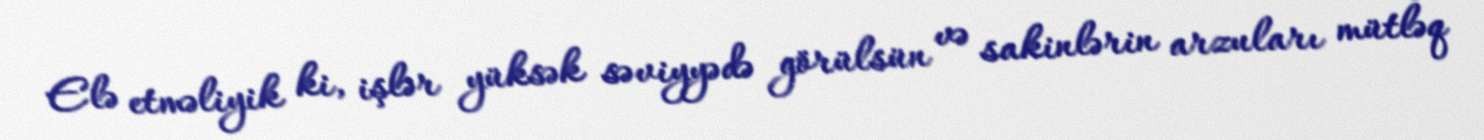
Elə etməliyik ki, işlər yüksək səviyyədə görülsün və sakinlərin arzuları mütləq